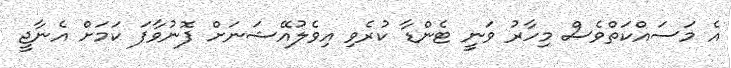
އެ މަސައްކަތްވެސް މިހާރު ވަނީ ޓެންޑާ ކުރެވި އިވެލުއޭޝަނަށް ފޮނުވާފަ ކަމަށް އެނާޖީ